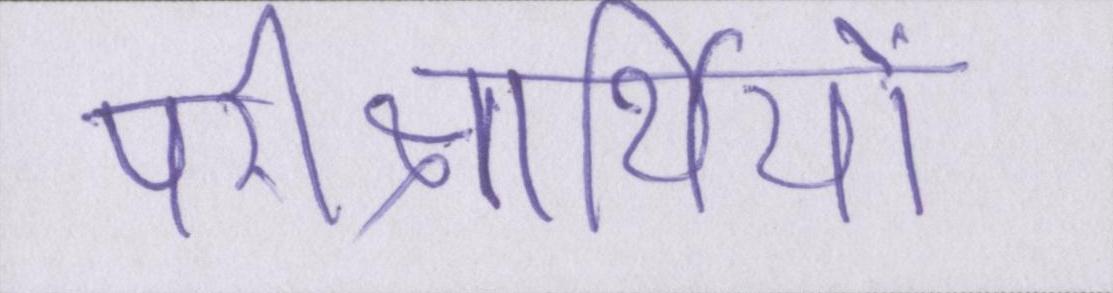
परीक्षार्थियों